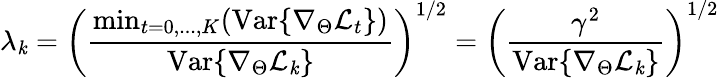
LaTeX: \lambda_{\mathit{k}}=\left(\frac{{\mathrm{{min}}_{t=0,...,K}(\mathrm{{Var}}\{ \nabla_{\Theta}\mathcal{{L}}_{t}\} )}}{{\mathrm{{Var}}\{ \nabla_{\Theta}\mathcal{{L}}_{\mathit{k}}\} }}\right)^{1/2}=\left(\frac{{\gamma^{2}}}{{\mathrm{{Var}}\{ \nabla_{\Theta}\mathcal{{L}}_{\mathit{k}}\} }}\right)^{1/2}